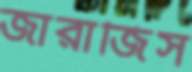
জারাজিস